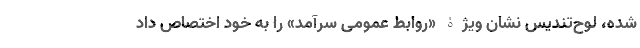
شده، لوح‌تندیسِ نشان ویژۀ «روابط عمومی سرآمد» را به خود اختصاص داد